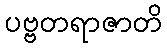
ပဗ္ဗတရာဇာတိ